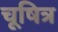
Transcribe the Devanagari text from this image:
चूषित्र